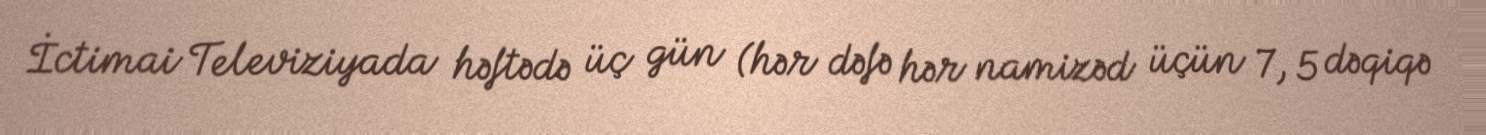
İctimai Televiziyada həftədə üç gün (hər dəfə hər namizəd üçün 7, 5 dəqiqə